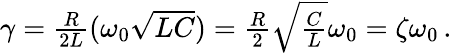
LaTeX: \begin{array}{r}{\gamma=\frac{R}{2L}(\omega_{0}\sqrt{LC})=\frac{R}{2}\sqrt{\frac{C}{L}}\omega_{0}=\zeta\omega_{0}\, .}\end{array}